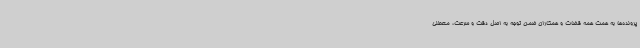
پرونده‌ها به همت همه قضات و همکاران ضمن توجه به اصل دقت و سرعت، معطلی